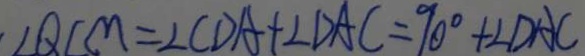
\angle Q C M = \angle C D A + \angle D A C = 9 0 ^ { \circ } + \angle D A C